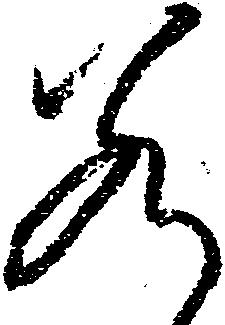
若